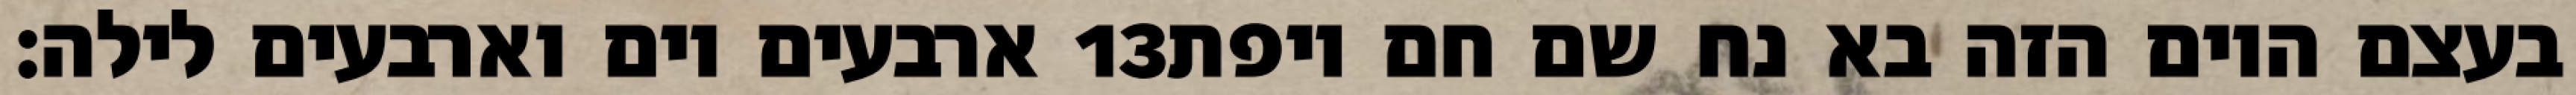
ארבעים יום וארבעים לילה׃ ‎13‏ בעצם היום הזה בא נח שם חם ויפת